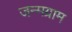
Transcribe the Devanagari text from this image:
जन्मग्राम